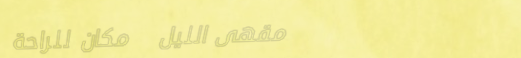
مقهى الليل   مكان للراحة